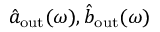
\hat { a } _ { \mathrm { o u t } } ( \omega ) , \hat { b } _ { \mathrm { o u t } } ( \omega )